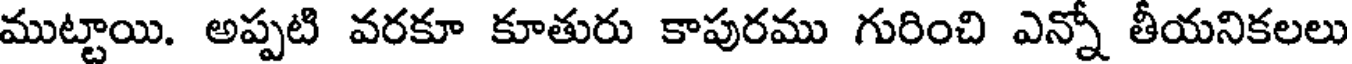
ముట్టాయి. అప్పటి వరకూ కూతురు కాపురము గురించి ఎన్నో తీయనికలలు